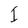
Character: I